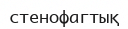
стенофагтық